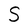
Character: S